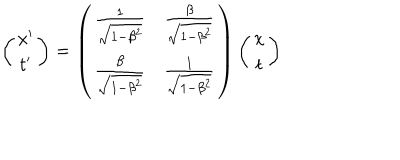
LaTeX: \left( \begin{array} { c } { { x ^ { \prime } } } \\ { { t ^ { \prime } } } \\ \end{array} \right) = \left( \begin{array} { c c } { { \frac { 1 } { \sqrt { 1 - \beta ^ { 2 } } } } } & { { \frac { \beta } { \sqrt { 1 - \beta ^ { 2 } } } } } \\ { { \frac { \beta } { \sqrt { 1 - \beta ^ { 2 } } } } } & { { \frac { 1 } { \sqrt { 1 - \beta ^ { 2 } } } } } \\ \end{array} \right) \left( \begin{array} { c } { { x } } \\ { { t } } \\ \end{array} \right)